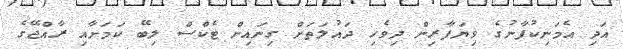
އަދި އެމަނިކުފާނުގެ ވިޔަފާރިން ދިވެހި ދައުލަތަށް ގިނައިން ޓެކްސް ލިބޭ ކަމަށާއި ރާއްޖޭގެ